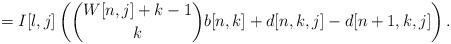
LaTeX: \begin{align*} =I[l,j] \left( \binom{W[n,j]+k-1}{k} b[n,k] + d[n,k,j] - d[n+1,k,j] \right).\end{align*}